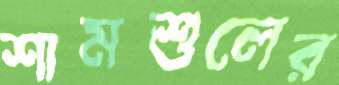
শামশুলের